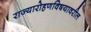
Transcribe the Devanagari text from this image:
राज्यारोहणविषयावरील